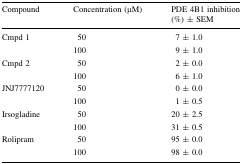
<table><thead><tr><td><b>Compound</b></td><td><b>Concentration (μM)</b></td><td><b>PDE 4B1 inhibition (%) ± SEM</b></td></tr></thead><tbody><tr><td rowspan="2">Cmpd 1</td><td>50</td><td>7 ± 1.0</td></tr><tr><td>100</td><td>9 ± 1.0</td></tr><tr><td rowspan="2">Cmpd 2</td><td>50</td><td>2 ± 0.0</td></tr><tr><td>100</td><td>6 ± 1.0</td></tr><tr><td rowspan="2">JNJ7777120</td><td>50</td><td>0 ± 0.0</td></tr><tr><td>100</td><td>1 ± 0.5</td></tr><tr><td rowspan="2">Irsogladine</td><td>50</td><td>20 ± 2.5</td></tr><tr><td>100</td><td>31 ± 0.5</td></tr><tr><td rowspan="2">Rolipram</td><td>50</td><td>95 ± 0.0</td></tr><tr><td>100</td><td>98 ± 0.0</td></tr></tbody></table>